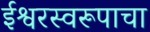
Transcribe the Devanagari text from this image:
ईश्वरस्वरूपाचा